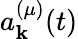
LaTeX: a_{\mathbf{k}}^{(\mu)}(t)